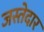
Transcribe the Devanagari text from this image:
जस्तेदार